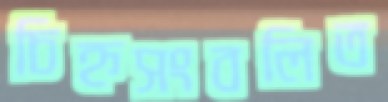
চিহ্নসংবলিত